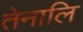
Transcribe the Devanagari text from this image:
तेनालि